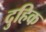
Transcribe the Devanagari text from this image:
दुहिक